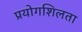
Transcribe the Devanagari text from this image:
प्रयोगशिलता